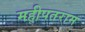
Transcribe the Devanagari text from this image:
महीपतराम